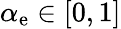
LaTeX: \alpha_{\mathrm{e}}\in[0,1]